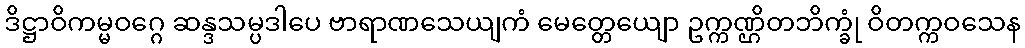
ဒိဋ္ဌာဝိကမ္မဝဂ္ဂေ ဆန္ဒသမ္ပဒါပေ ဗာရာဏသေယျကံ မေတ္တေယျော ဥက္ကဏ္ဌိတဘိက္ခုံ ဝိတက္ကဝသေန